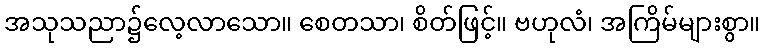
အသုသညာ၌လေ့လာသော။ စေတသာ၊ စိတ်ဖြင့်။ ဗဟုလံ၊ အကြိမ်များစွာ။